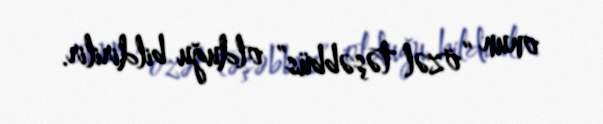
onun “özəl təşəbbüs” olduğu bildirilir.